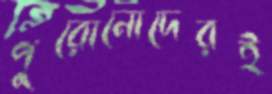
পুরোনোদেরই